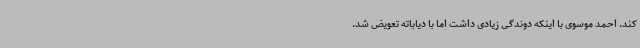
کند. احمد موسوی با اینکه دوندگی زیادی داشت اما با دیاباته تعویض شد.